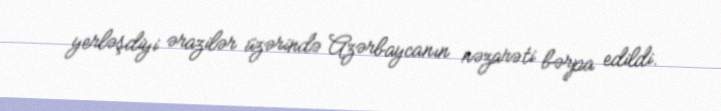
yerləşdiyi ərazilər üzərində Azərbaycanın nəzarəti bərpa edildi.